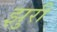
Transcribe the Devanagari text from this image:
झुरी